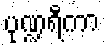
ပုဏ္ဍရီကာ